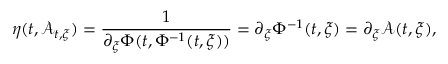
\eta ( t , \mathcal { A } _ { t , \xi } ) = \frac { 1 } { \partial _ { \xi } \Phi ( t , \Phi ^ { - 1 } ( t , \xi ) ) } = \partial _ { \xi } \Phi ^ { - 1 } ( t , \xi ) = \partial _ { \xi } \mathcal { A } ( t , \xi ) ,